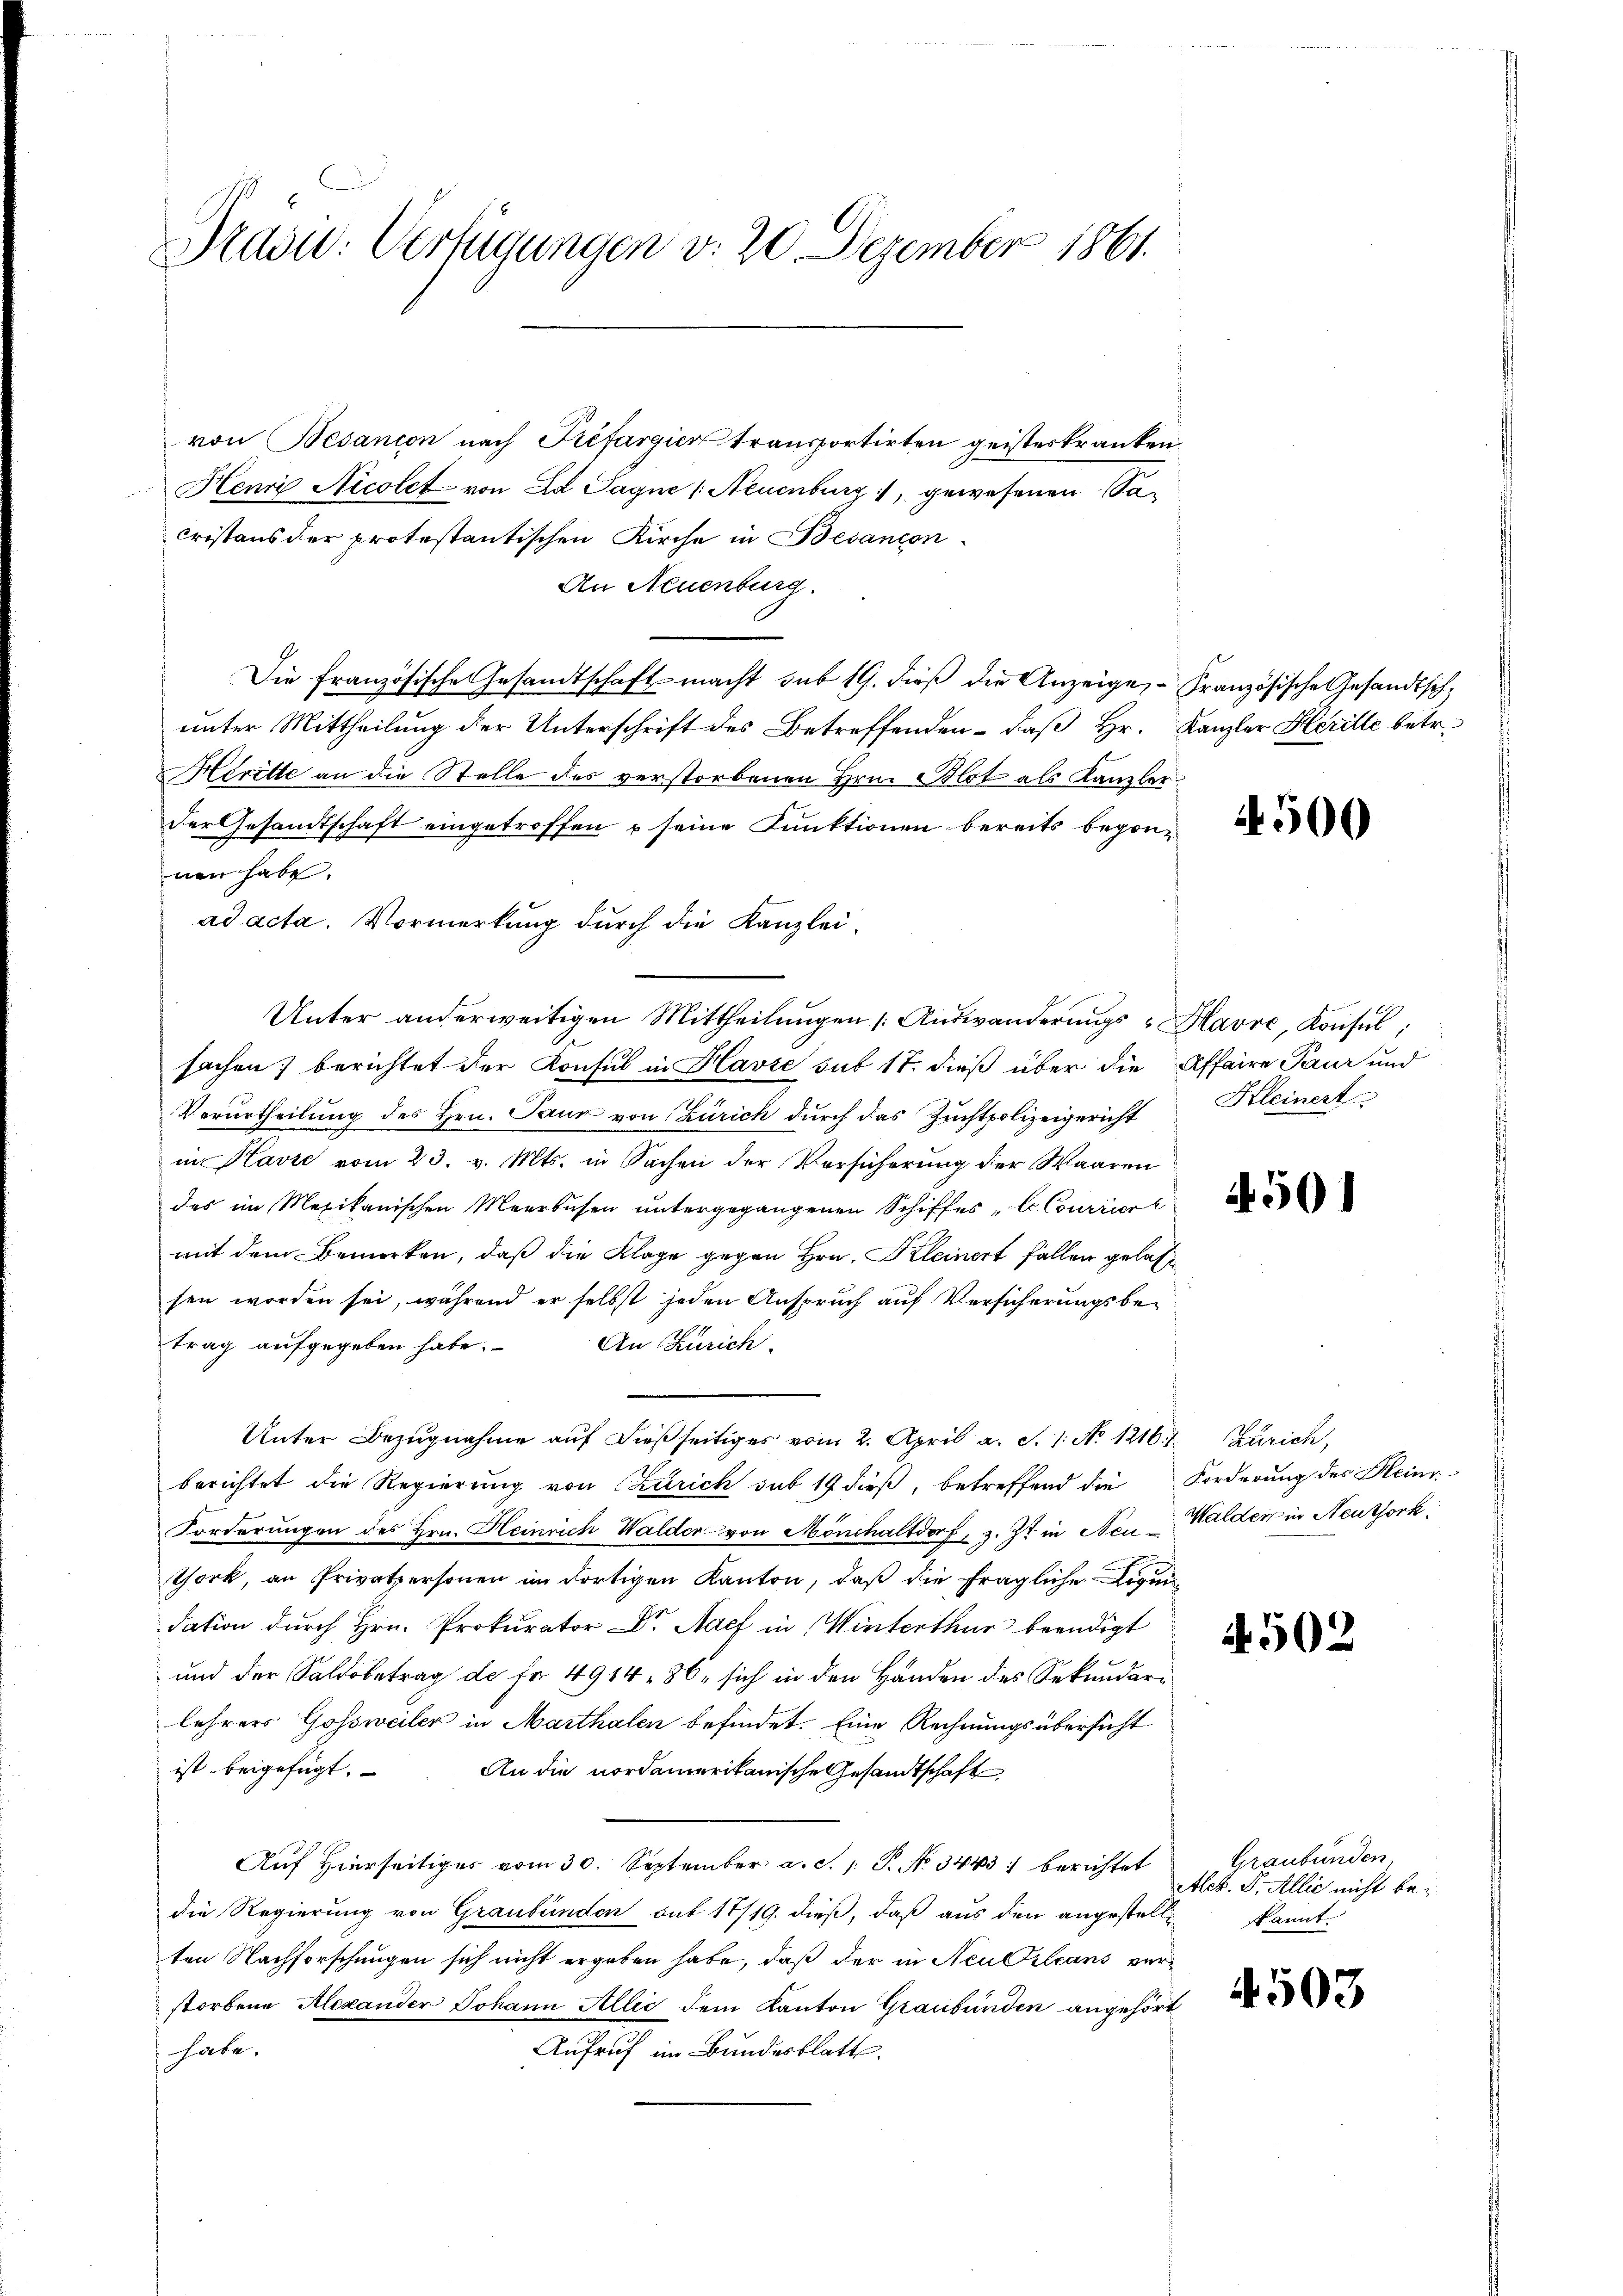
Prad: Verfügungen v. 20 Dezember 1861.

von Besanion nach Préfargier transportirten geisteskranken.
Henri Nicolet von Ed. Sagne (Neuenburg, gewesenen Sacristens der protestantischen Kirche in Bedancon
An Neuenburg.
Die französische Gesandtschaft macht sub 19. dieß die Anzeige, Französische Gesandtschunter Mittheilung der Unterschrift des Betreffenden - daß Hr. Kanzler Heritte betr.
Heritte an die Stelle des verstorbenen Hrn. Blot als Kanzlerder Gesandtschaft eingetroffen & seine Punktionen bereits begonnen habe.
ad acta. Vormerkung durch die Kanzlei¬
Unter anderweitigen Mittheilungen (Auswanderungs- Havre, Konsul,
sachen) berichtet der Konsul in Havre sub 17. dieß über die Affaire Paur und
Verurtheilung des Hrn. Paur von Zürich durch das Zuchtpolizeigericht
in Havre vom 23. v. Mts. in Sachen der Versicherung der Waaren
des im Mexikanischen Meerbesen ŭntergegangenen Schiffes, le Couriiert
mit dem Bemerken, daß die Klage gegen Hrn. Kleinert fallen gelasten
sen worden sei, während er selbst jeden Anspruch auf Versicherungsbetrag aufgegeben habe.
An Zürich.
Unter Bezugnahme auf dießseitiges vom 2. April a. S. 1. No 1216.
berichtet die Regierung von Zürich sub 19 dieß, betreffend die Forderung des Hein-
Forderungen des Hrn. Heinrich Walder von Mönchaltdorf, z. Zt. in Neu-Walder in Neuthork
thork, an Privatpersonen im dortigen Kanton, daß die fragliche Logen
dation durch Hrn. Prokurator Dr. Nach in Winterthur beendigt
und der Saldobetrag de fr. 491486, sich in den Handen des Sekundarlehrers Gossweiler in Marthalen befindet. Eine Rechnungsübersicht
ist beigefügt. An die nordamerikanische Gesandtschaft
Auf Hierseitiges vom 30. September a. S. 1: P. No 3443 :/ berichtet
die Regierung von Graubünden sub 17/19. dieß, daß aus den angestelle
ten Nachforschungen sich nicht ergeben habe, daß der in Neulicans verstorbene Alexander Johann Allić dem Kanton Graubünden angehört
Aufruf im Bundesblatt.
habe.

500

Kleinert

A. 501

Zürich,

4502

Graubünden
Act. S. Allić nicht bekannt.

4503